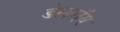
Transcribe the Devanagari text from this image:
डेलराॅय